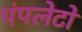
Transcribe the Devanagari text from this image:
पंपलेटों